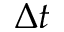
\Delta t